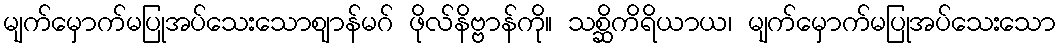
မျက်မှောက်မပြုအပ်သေးသောဈာန်မဂ် ဖိုလ်နိဗ္ဗာန်ကို။ သစ္ဆိကိရိယာယ၊ မျက်မှောက်မပြုအပ်သေးသော